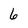
Character: 6